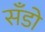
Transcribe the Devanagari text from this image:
सँडो